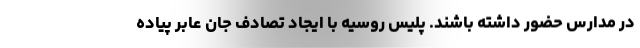
در مدارس حضور داشته باشند. پلیس روسیه با ایجاد تصادف جان عابر پیاده